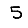
Digit: 5